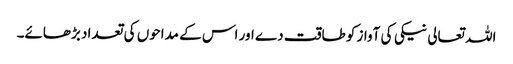
اللہ تعالی نیکی کی آواز کو طاقت دے اور اس کے مداحوں کی تعداد بڑھائے۔